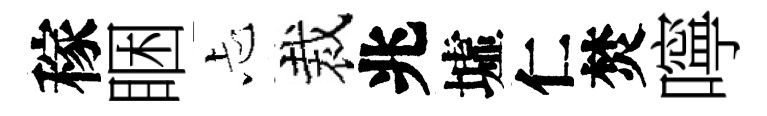
稼睏忐裁兆墟仁焚嚀